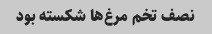
نصف تخم مرغ‌ها شکسته بود